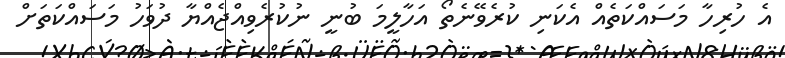
އެ ހުރިހާ މަސައްކަތެއް އެކަނި ކުރެވޭނެތޯ އަހާލީމަ ބުނީ ނުކުރެވިއްޖެއްޔާ ދުވަހު މަސައްކަތަށް